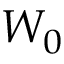
W _ { 0 }